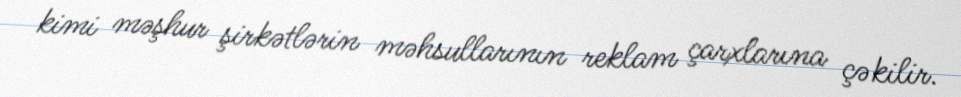
kimi məşhur şirkətlərin məhsullarının reklam çarxlarına çəkilir.